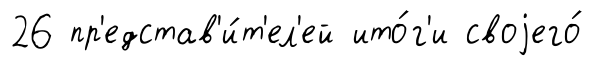
26 пр'едстав'и́т'ел'ей ито́г'и своjего́